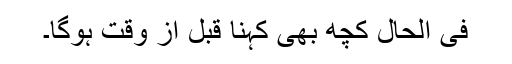
فی الحال کچھ بھی کہنا قبل از وقت ہوگا۔